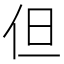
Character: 但